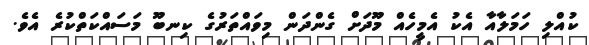
ކުއްލި ހަމަލާއާ އެކު އެމީހެއް މޫދަށް ގެންދަން މިވައްތަރުގެ ކިނބޫ މަސައްކަތްކުރެ އެވެ.